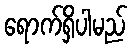
ရောက်ရှိပါမည်